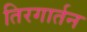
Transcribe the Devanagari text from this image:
तिरगार्तन